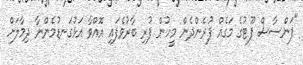
"ފަންސާސް ފޫޓުގެ މަގެއް ފުރެންދެން މީހުން ފުރި ބާރުވެފައި އޮއްވާ އަޅުގަނޑުމެންނާ ދިމާލަށް